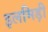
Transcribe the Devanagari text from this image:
इलमिड़ी